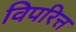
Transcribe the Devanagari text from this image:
विपरित्त